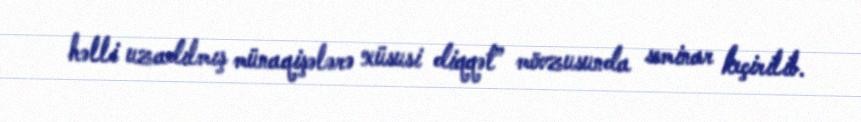
həlli uzadılmış münaqişələrə xüsusi diqqət” mövzusunda seminar keçirilib.